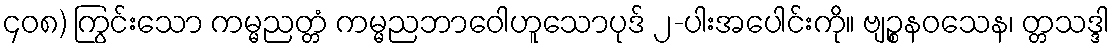
၄၀၈) ကြွင်းသော ကမ္မညတ္တံ ကမ္မညဘာဝေါဟူသောပုဒ် ၂-ပါးအပေါင်းကို။ ဗျဉ္စနဝသေန၊ တ္တသဒ္ဒါ